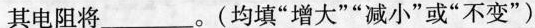
其电阻将___。(均填“增大”“减小”或“不变”)